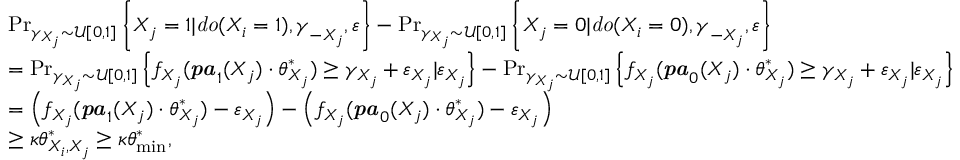
\begin{array} { r l } & { \operatorname* { P r } _ { \gamma _ { X _ { j } } \sim \mathcal { U } [ 0 , 1 ] } \left\{ X _ { j } = 1 | { \it d o } ( X _ { i } = 1 ) , \boldsymbol { \gamma } _ { - X _ { j } } , \varepsilon \right\} - \operatorname* { P r } _ { \gamma _ { X _ { j } } \sim \mathcal { U } [ 0 , 1 ] } \left\{ X _ { j } = 0 | { \it d o } ( X _ { i } = 0 ) , \boldsymbol { \gamma } _ { - X _ { j } } , \varepsilon \right\} } \\ & { = \operatorname* { P r } _ { \gamma _ { X _ { j } } \sim \mathcal { U } [ 0 , 1 ] } \left\{ f _ { X _ { j } } ( \boldsymbol { \it p a } _ { 1 } ( X _ { j } ) \cdot \boldsymbol { \theta } _ { X _ { j } } ^ { * } ) \geq \gamma _ { X _ { j } } + \varepsilon _ { X _ { j } } | \varepsilon _ { X _ { j } } \right\} - \operatorname* { P r } _ { \gamma _ { X _ { j } } \sim \mathcal { U } [ 0 , 1 ] } \left\{ f _ { X _ { j } } ( \boldsymbol { \it p a } _ { 0 } ( X _ { j } ) \cdot \boldsymbol { \theta } _ { X _ { j } } ^ { * } ) \geq \gamma _ { X _ { j } } + \varepsilon _ { X _ { j } } | \varepsilon _ { X _ { j } } \right\} } \\ & { = \left( f _ { X _ { j } } ( \boldsymbol { \it p a } _ { 1 } ( X _ { j } ) \cdot \boldsymbol { \theta } _ { X _ { j } } ^ { * } ) - \varepsilon _ { X _ { j } } \right) - \left( f _ { X _ { j } } ( \boldsymbol { \it p a } _ { 0 } ( X _ { j } ) \cdot \boldsymbol { \theta } _ { X _ { j } } ^ { * } ) - \varepsilon _ { X _ { j } } \right) } \\ & { \geq \kappa \theta _ { X _ { i } , X _ { j } } ^ { * } \geq \kappa \theta _ { \operatorname* { m i n } } ^ { * } , } \end{array}